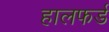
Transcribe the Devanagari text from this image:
हालफर्ड